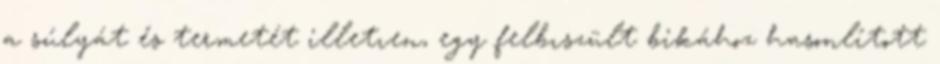
a súlyát és termetét illetıen, egy felbıszült bikához hasonlított